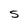
Character: S